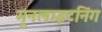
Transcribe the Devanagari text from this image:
मूनलाइटनिंग